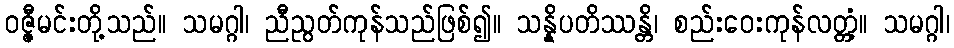
ဝဇ္ဇီမင်းတို့သည်။ သမဂ္ဂါ၊ ညီညွတ်ကုန်သည်ဖြစ်၍။ သန္နိပတိဿန္တိ၊ စည်းဝေးကုန်လတ္တံ့။ သမဂ္ဂါ၊